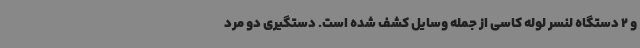
و 2 دستگاه لنسر لوله کاسی از جمله وسایل کشف شده است. دستگیری دو مرد